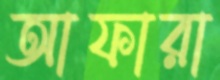
আফারা